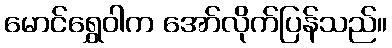
မောင်ရွှေဝါက အော်လိုက်ပြန်သည်။